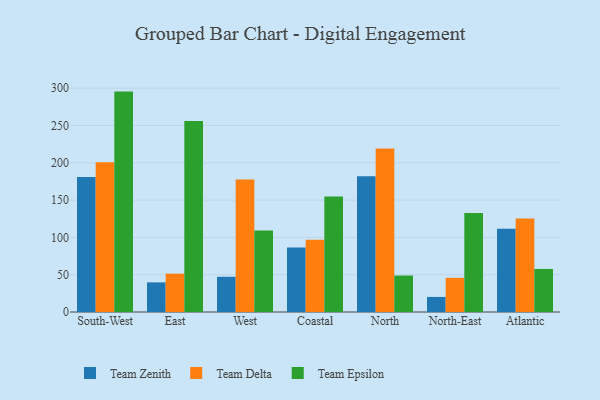
{"axis": {"x": "Region", "y": "Temperature (°C)"}, "legend": ["Team Delta", "Team Epsilon", "Team Zenith"], "data": [{"x": "South-West", "y": 180.9, "type": "Team Zenith"}, {"x": "South-West", "y": 200.8, "type": "Team Delta"}, {"x": "South-West", "y": 295.4, "type": "Team Epsilon"}, {"x": "East", "y": 39.7, "type": "Team Zenith"}, {"x": "East", "y": 51.4, "type": "Team Delta"}, {"x": "East", "y": 256.1, "type": "Team Epsilon"}, {"x": "West", "y": 47.2, "type": "Team Zenith"}, {"x": "West", "y": 177.7, "type": "Team Delta"}, {"x": "West", "y": 109.4, "type": "Team Epsilon"}, {"x": "Coastal", "y": 86.6, "type": "Team Zenith"}, {"x": "Coastal", "y": 97.0, "type": "Team Delta"}, {"x": "Coastal", "y": 154.9, "type": "Team Epsilon"}, {"x": "North", "y": 181.9, "type": "Team Zenith"}, {"x": "North", "y": 219.2, "type": "Team Delta"}, {"x": "North", "y": 48.9, "type": "Team Epsilon"}, {"x": "North-East", "y": 20.2, "type": "Team Zenith"}, {"x": "North-East", "y": 45.8, "type": "Team Delta"}, {"x": "North-East", "y": 132.6, "type": "Team Epsilon"}, {"x": "Atlantic", "y": 111.6, "type": "Team Zenith"}, {"x": "Atlantic", "y": 125.3, "type": "Team Delta"}, {"x": "Atlantic", "y": 57.7, "type": "Team Epsilon"}]}